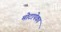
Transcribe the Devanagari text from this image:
मोटापेका